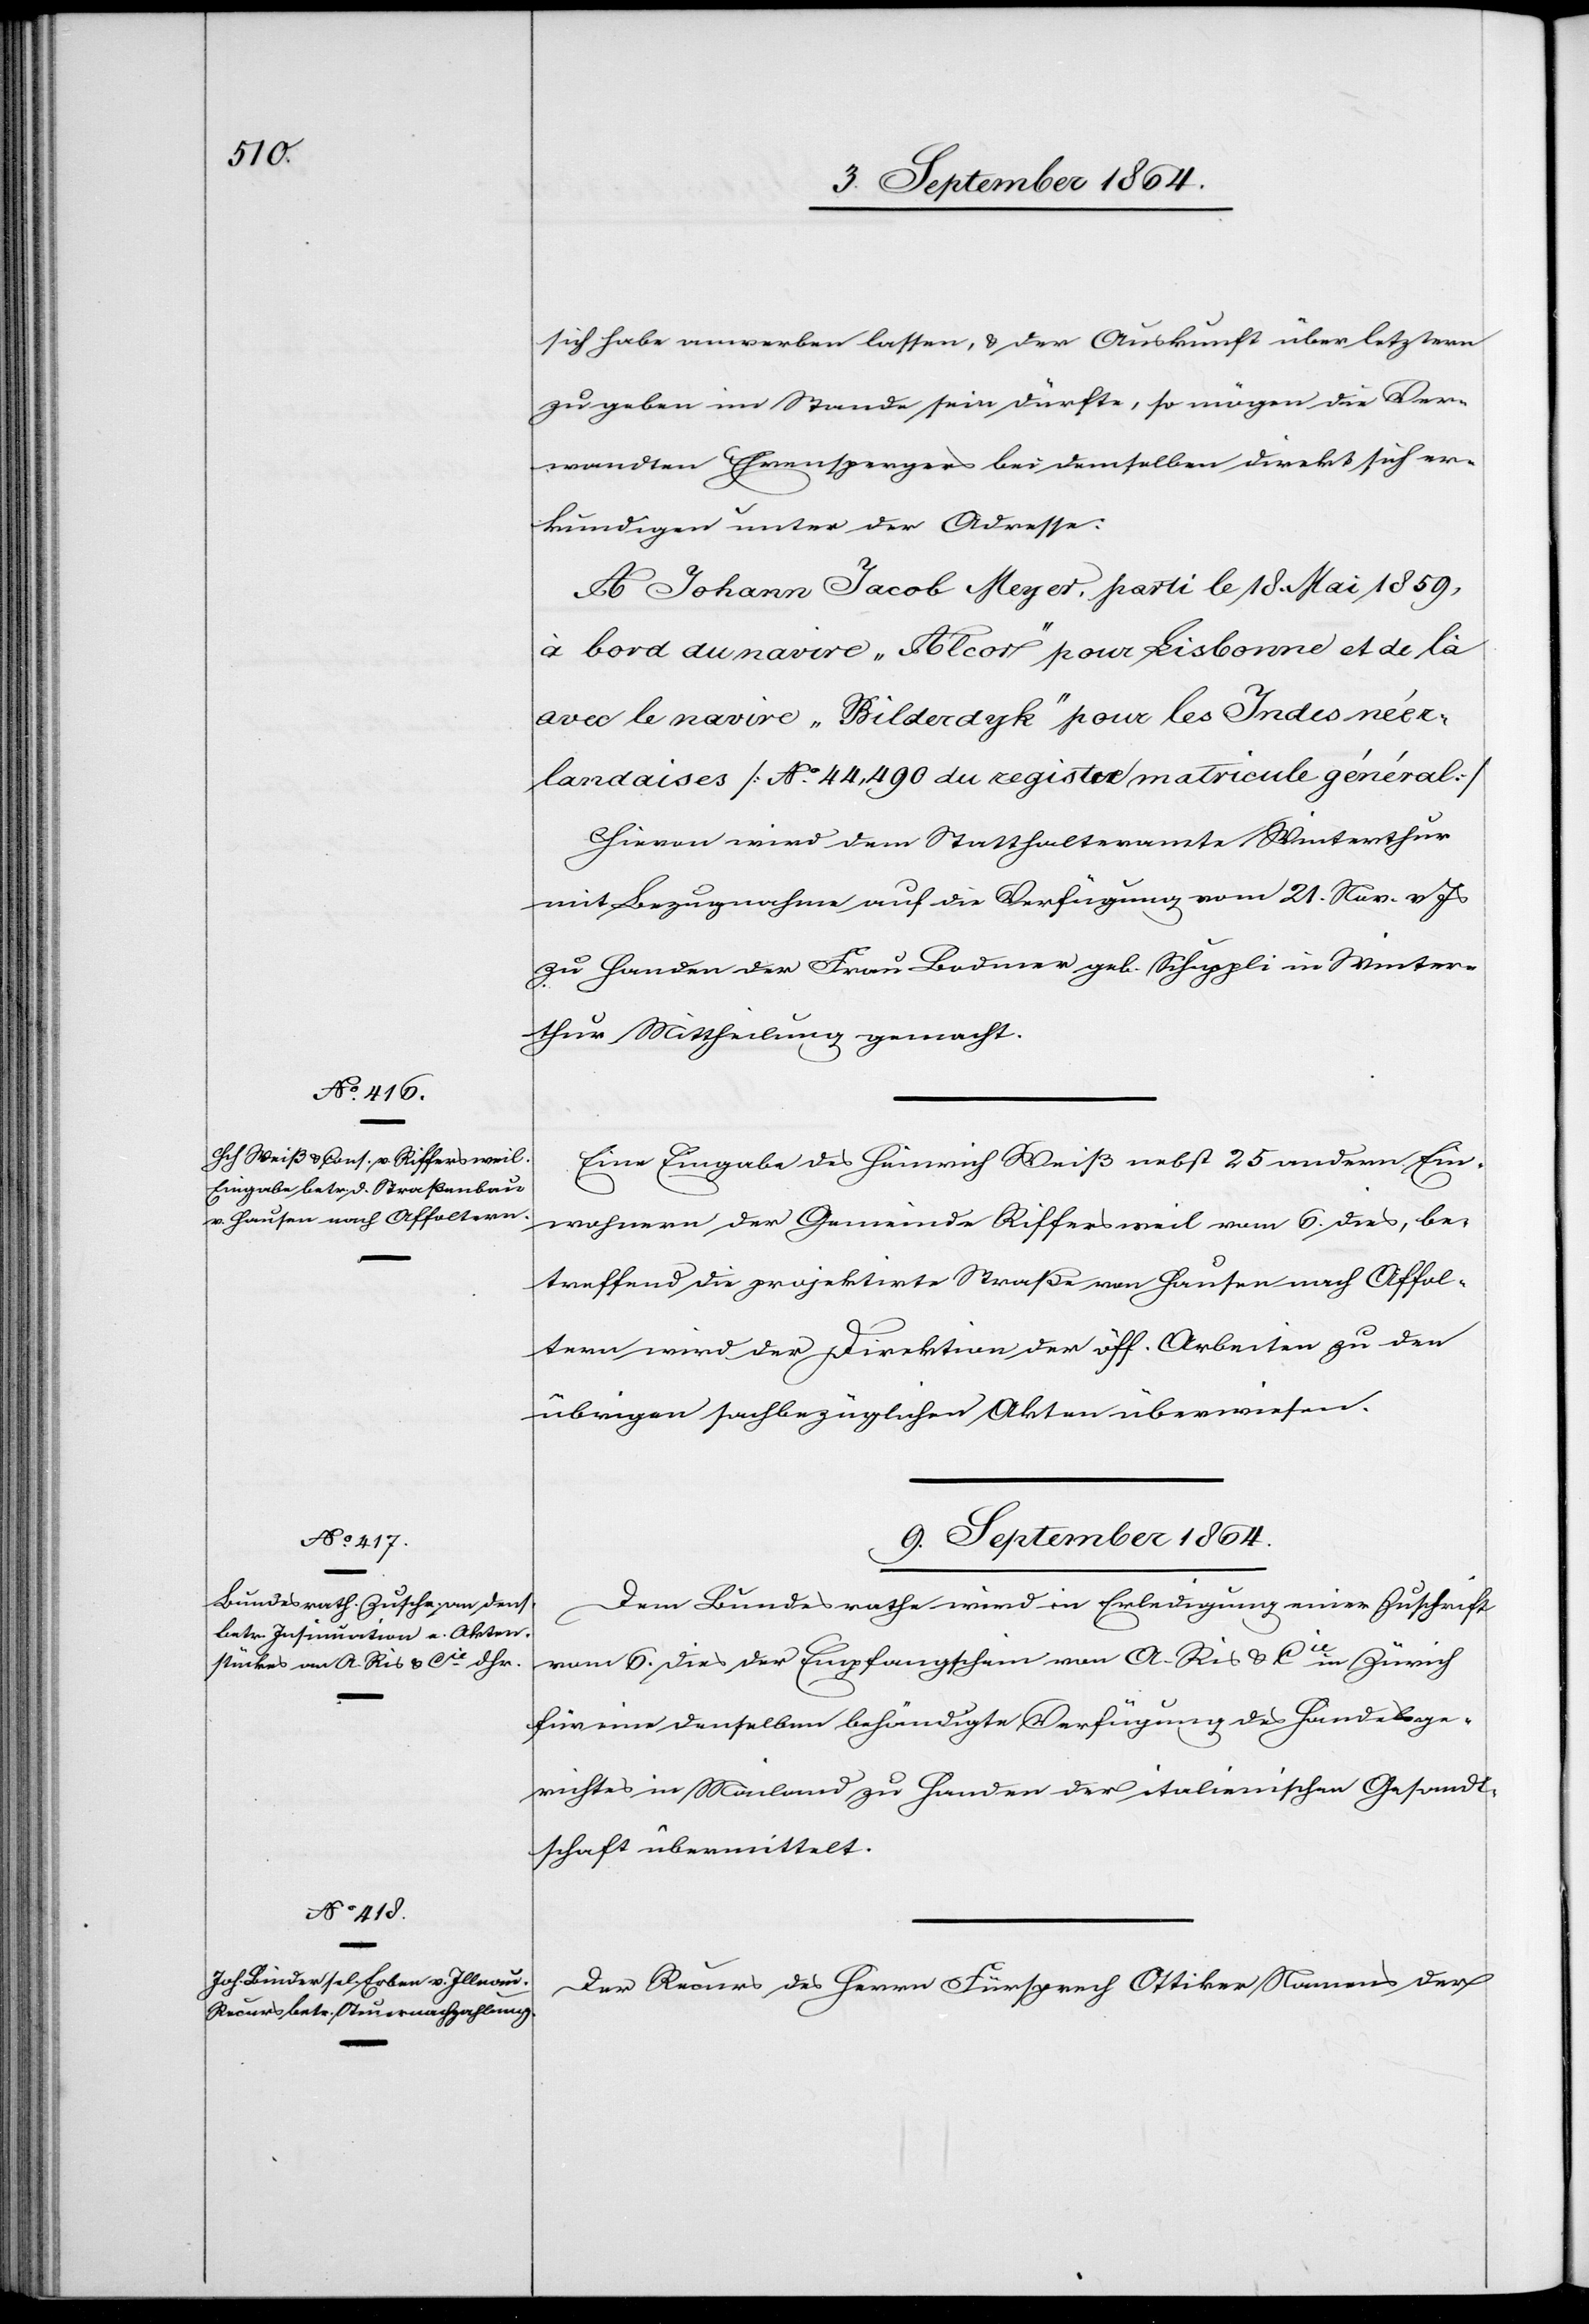
9. September 1864.]
sich habe anwerben lassen, & der Auskunft über letztern
zu geben im Stande sein dürfte, so mögen die Ver¬
wandten Ehrensperges bei demselben direkt sich er¬
kundigen unter der Adresse:
A Johann Jacob Meyer [sic!], parti le 18. Mai 1859,
à bord du navie „Alcor“ pour Lisbonne et de
avec le navie „Bilderdyk“ pour les Indes néer¬
landaises [Ao. 44,490 du registre matricule général.]
Hievon wird dem Statthalteramte Winterthur
mit Bezugnahme auf die Verfügung vom 21. Nov. v. Js
zu Handen der Frau Bodmer geb. Schuppli in Winter¬
thur Mittheilung gemacht.
Eine Eingabe des Heinrich Weiß nebst 25 andern Ein¬
wohnern der Gemeinde Riffersweil vom 6. dies, be¬
treffend die projektirte Straße von Hausen nach Affol¬
tern wird der Direktion der öff. Arbeiten zu den
übrigen sachbezüglichen Akten überwiesen.
Dem Bundesrathe wird in Erledigung einer Zuschrift
vom 6. dies der Empfangschein von A. Ris & Cie in Zürich
für eine denselben behändigte Verfügung des Handelsge¬
richtes in Mailand zu Handen der italienischen Gesandt¬
schaft übermittelt.
Der Recurs des Herrn Fürsprech Ottiker Namens der